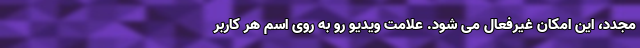
مجدد، این امکان غیرفعال می شود. علامت ویدیو رو به روی اسم هر کاربر